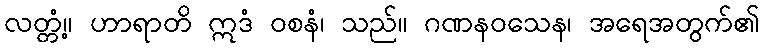
လတ္တံ့။ ဟာရာတိ ဣဒံ ဝစနံ၊ သည်။ ဂဏနဝသေန၊ အရေအတွက်၏